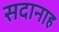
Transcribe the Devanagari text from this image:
सदानाह